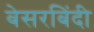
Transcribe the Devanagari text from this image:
बेसरबिंदी